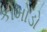
કોમોડો